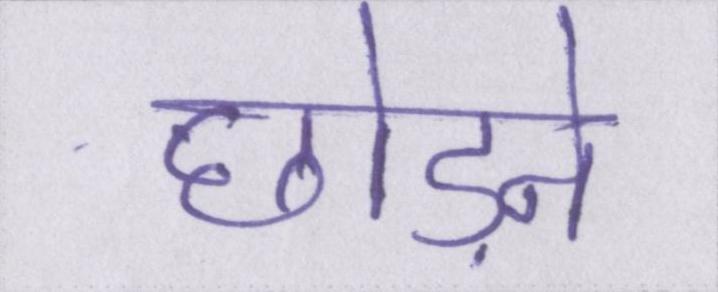
छोड़ने